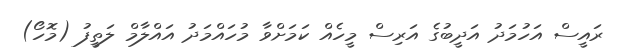
ރައީސް އަހުމަދު އަދީބުގެ އަރިސް މީހެއް ކަމަށްވާ މުހައްމަދު އައްލާމް ލަތީފު (މޮހޯ)